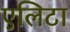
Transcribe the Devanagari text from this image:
एलिटा